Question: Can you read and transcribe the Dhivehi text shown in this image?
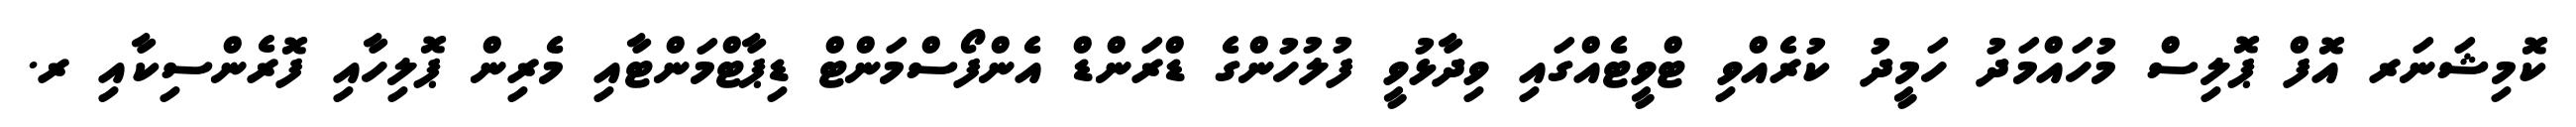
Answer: ކޮމިޝަނަރ އޮފް ޕޮލިސް މުހައްމަދު ހަމީދު ކުރެއްވި ޓްވީޓެއްގައި ވިދާޅުވީ ފުލުހުންގެ ޑްރަންޑް އެންފޯސްމަންޓް ޑިޕާޓްމަންޓާއި މެރިން ޕޮލިހާއި ފޮރެންސިކާއި ރ.